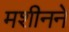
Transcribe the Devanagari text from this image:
मशीनने